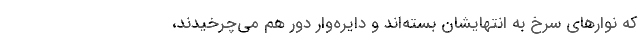
که نوارهای سرخ به انتهایشان بسته‌اند و دایره‌وار دور هم می‌چرخیدند،